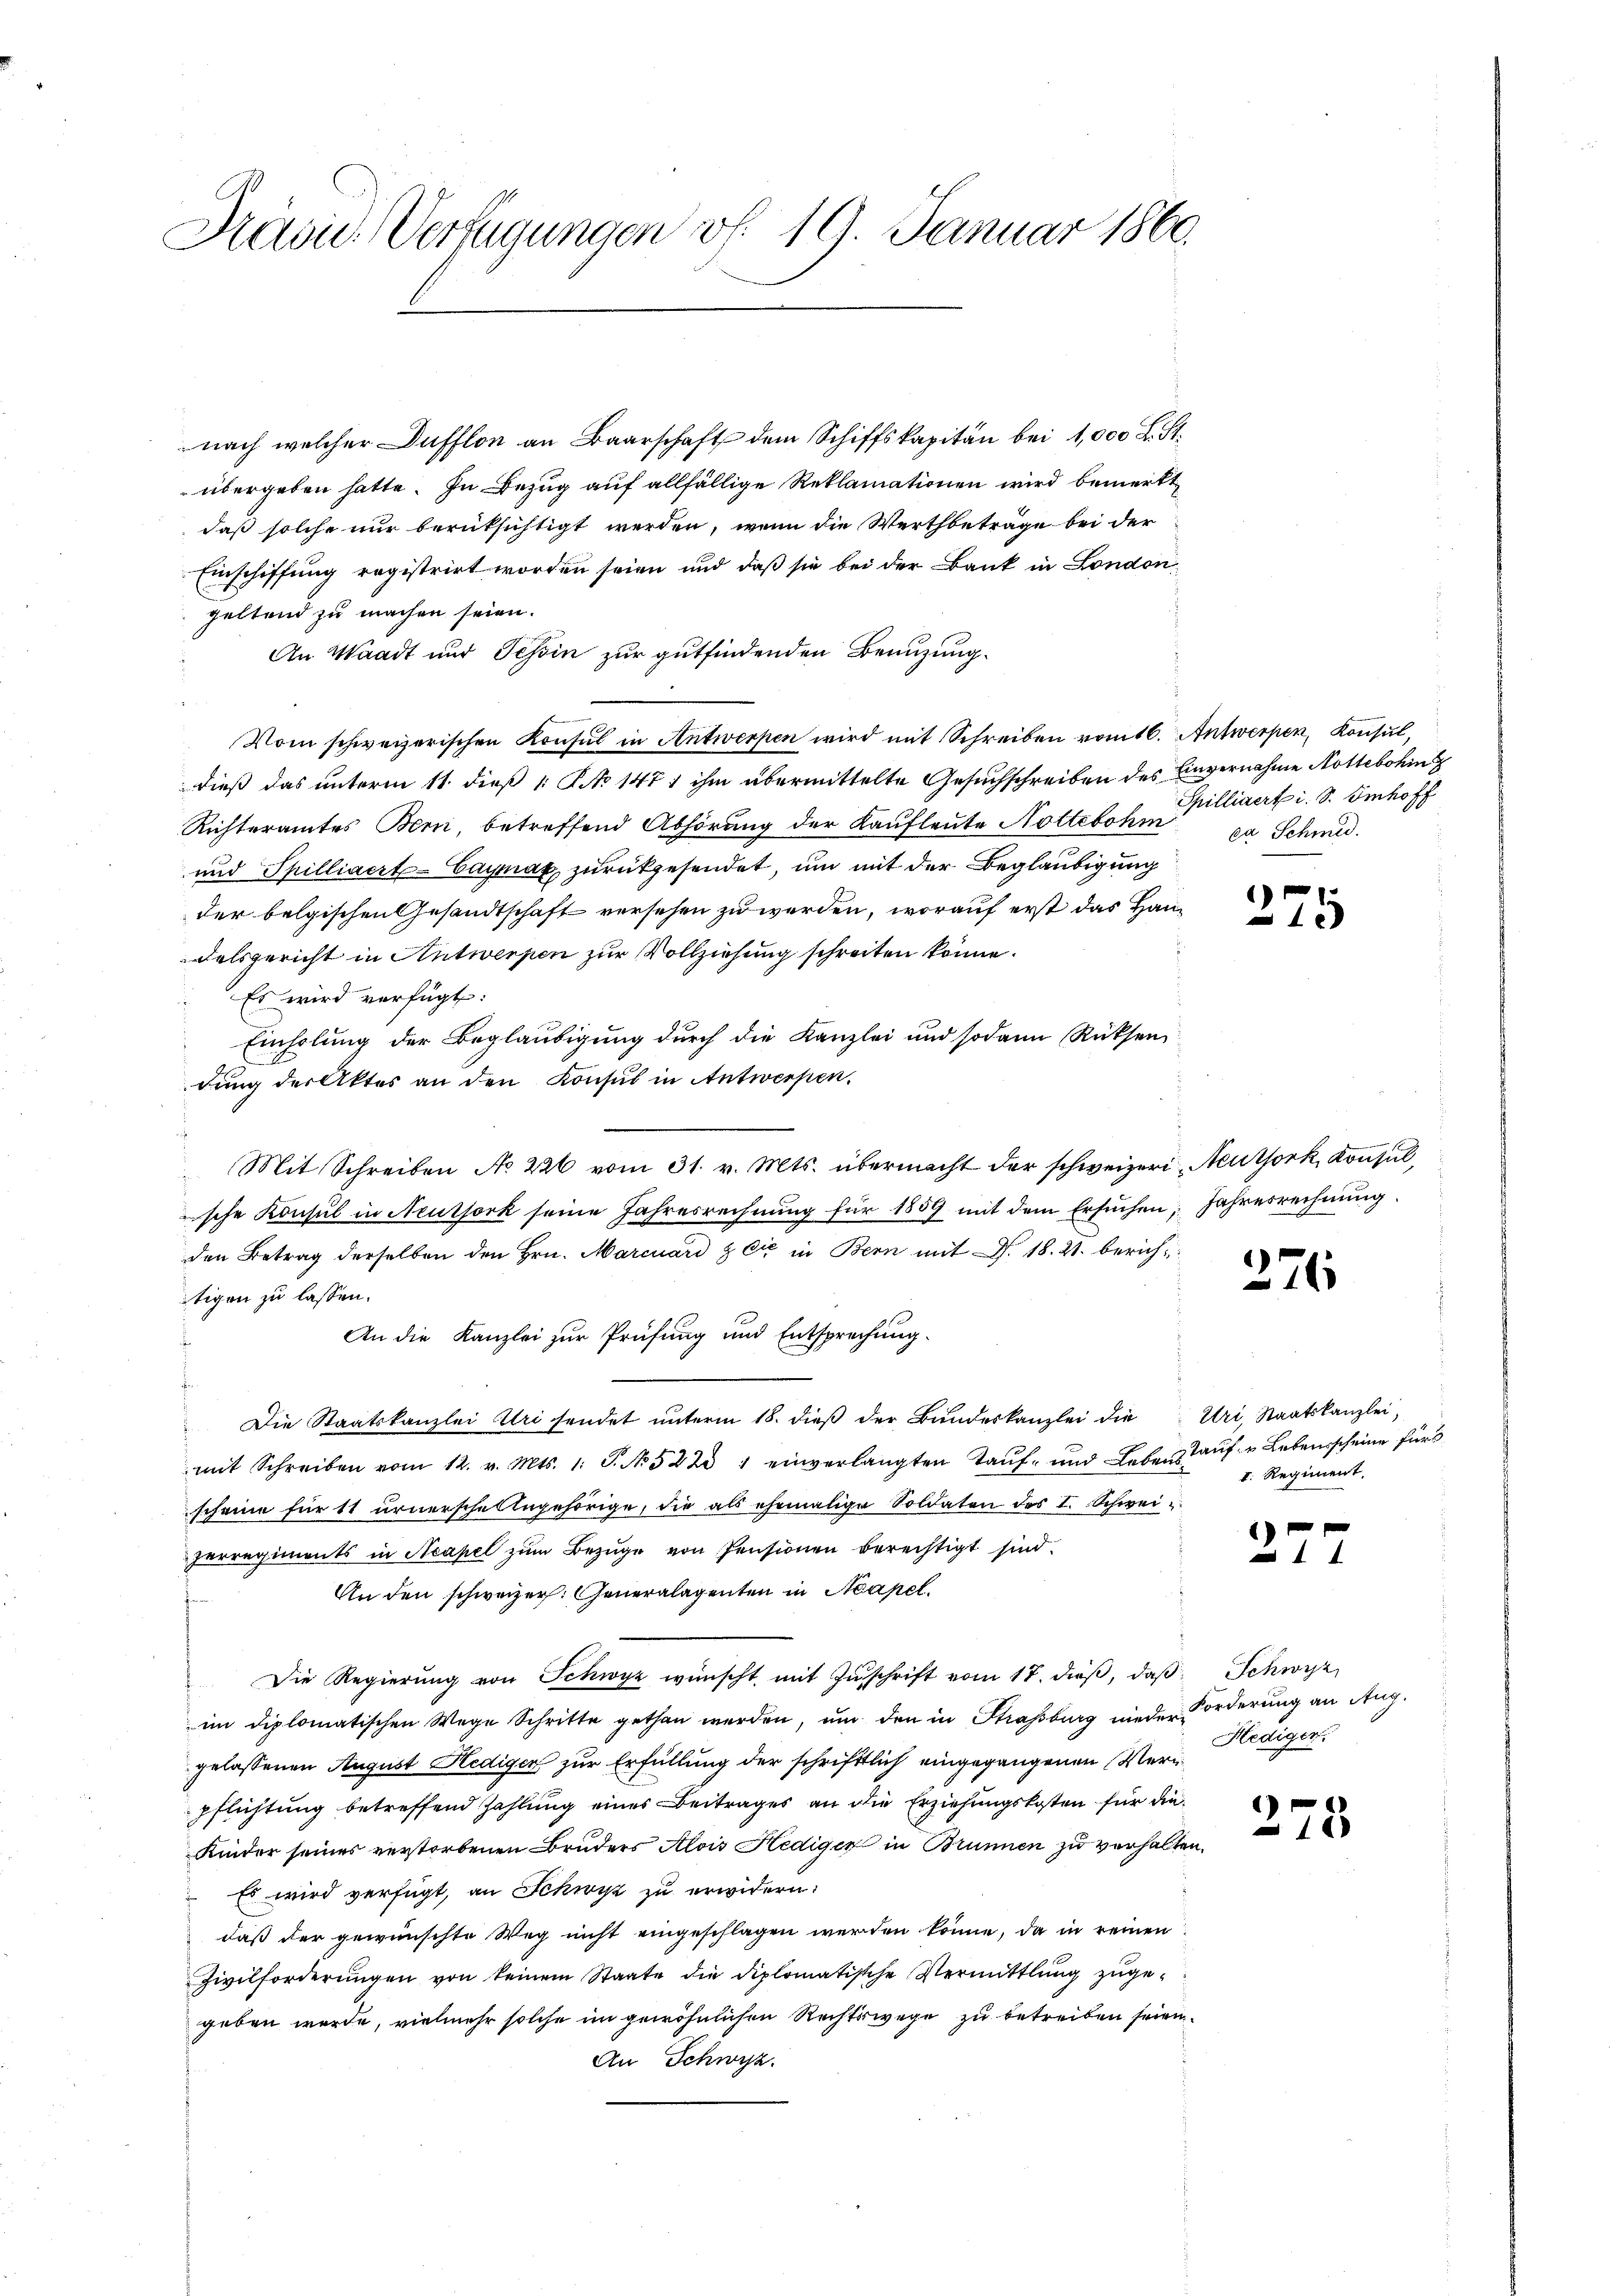
nach welcher Dafflon an Baarschaft dem Schiffskapitän bei 1,000 L. St.
übergeben hatte. In Bezug auf allfällige Reklamationen wird bemerkt,
daß solche nur berüksichtigt werden, wenn die Werthbetrage bei der
Einschiffung registrirt worden seien und daß sie bei der Bank in London
geltend zu machen seien.
An Waadt und Tessin zur gutfindenden Benuzung¬
Vom schweizerischen Konsul in Antwerpen wird mit Schreiben vom 16. Antwerpen, Konsul,
dieß das unterm 11. dieß 1 No 1471 ihm übermittelte Gesuchschreiben des Einvernahme Nottebohin
Richteramtes Bern, betreffend Abhörung der Kaufleute Nottebohm, da Schmid-
und Spilliaert-Caymax zurückgesendet, um mit der Beglaubigung
der belgischen Gesandtschaft versehen zu werden, worauf erst das Handelsgericht in Antwerpen zur Vollziehung schreiten könne.
Es wird verfügt:
Einholung der Beglaubigung durch die Kanzlei und sodann Rücksen
dung der Aktes an den Konsul in Antwerpen.
Mit Schreiben No 226 vom 31. v. Mts. übermacht der schweizeri Neuthork, Konsul,
sche Konsul in Neuthork seine Jahresrechnung für 1859 mit dem Ersuchen, Jahresrechnung
den Betrag derselben den Hrn. Marcuard & Cie in Bern mit Fr. 18. 28. berichtigen zu lassen.
An die Kanzlei zur Prüfung und Entsprechung.
Die Staatskanzlei Uri sendet ŭnterm 18. dieβ der Bŭndeskanzlei die Uri, Staatskanzlei,
mit Schreiben vom 12. v. Mts. 1. P. No 5223 1 einverlangten Taŭf- und Leben aŭf u Lebensscheine für
scheine für tt urnersche Angehörige, die als ehemalige Soldaten des I. Schweiperregiments in Neapel zum Bezuge von Pensionen berechtigt sind.
An den schweizer: Generalagenten in Neapel.
Die Regierung von Schwyz wünscht, mit Zuschrift vom 17. dieß, daß Schwyz,
im diplomatischen Wege Schritte gethan werden, um den in Strassburg nieder Forderung an Aug.
gelassenen August Hedigen zur Erfüllung der schriftlich eingegangenen Verlediger
pflichtung betreffend Zahlung eines Beitrages an die Erziehungskosten für die
Kinder seines verstorbenen Bruders Alois Hediger in Brunnen zu verhalten.
Es wird verfügt, an Schwyz zu erwidern:
daß der gewünschte Weg nicht eingeschlagen werden könne, da in reinen
Zivilforderŭngen von keinem Staate die diplomatische Vermittlung zuge-
geben wurde, vielmehr solche im gewöhnlichen Rechtswege zu betreiben seien
An Schwyz.

Havić-Verfügungen vf. 19. Januar 1860.

Spilligert i. S. Imhoff

)
15

276

I. Regiment

1 x

)
18